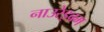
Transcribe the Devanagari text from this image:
नाउरेइबम